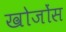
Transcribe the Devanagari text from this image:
खोजोंस